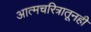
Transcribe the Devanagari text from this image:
आत्मचरित्रातूनही